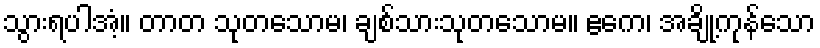
သွားရပါအံ့။ တာတ သုတသောမ၊ ချစ်သားသုတသောမ။ ဧကေ၊ အချို့ကုန်သော